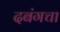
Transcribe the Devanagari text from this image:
दबंगचा